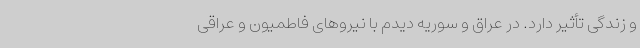
و زندگی تأثیر دارد. در عراق و سوریه دیدم با نیروهای فاطمیون ‌و عراقی